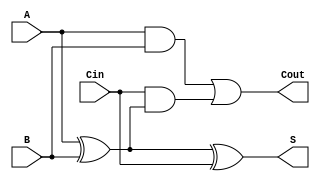
module RippleCarryFullAdder (
    input wire A,      // First binary input
    input wire B,      // Second binary input
    input wire Cin,    // Carry-in input
    output wire S,     // Sum output
    output wire Cout    // Carry-out output
);

// Internal signals
wire AxorB;          // Intermediate signal for A XOR B

// Sum calculation
assign AxorB = A ^ B; // A XOR B
assign S = AxorB ^ Cin; // S = (A XOR B) XOR Cin

// Carry-out calculation
assign Cout = (A & B) | (Cin & AxorB); // Cout = (A AND B) OR (Cin AND (A XOR B))

endmodule